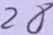
2 8